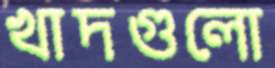
খাদগুলো